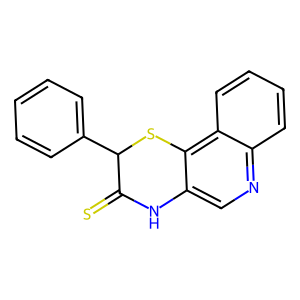
SMILES: S=C1Nc2cnc3ccccc3c2SC1c1ccccc1
Inhibits HIV replication: No